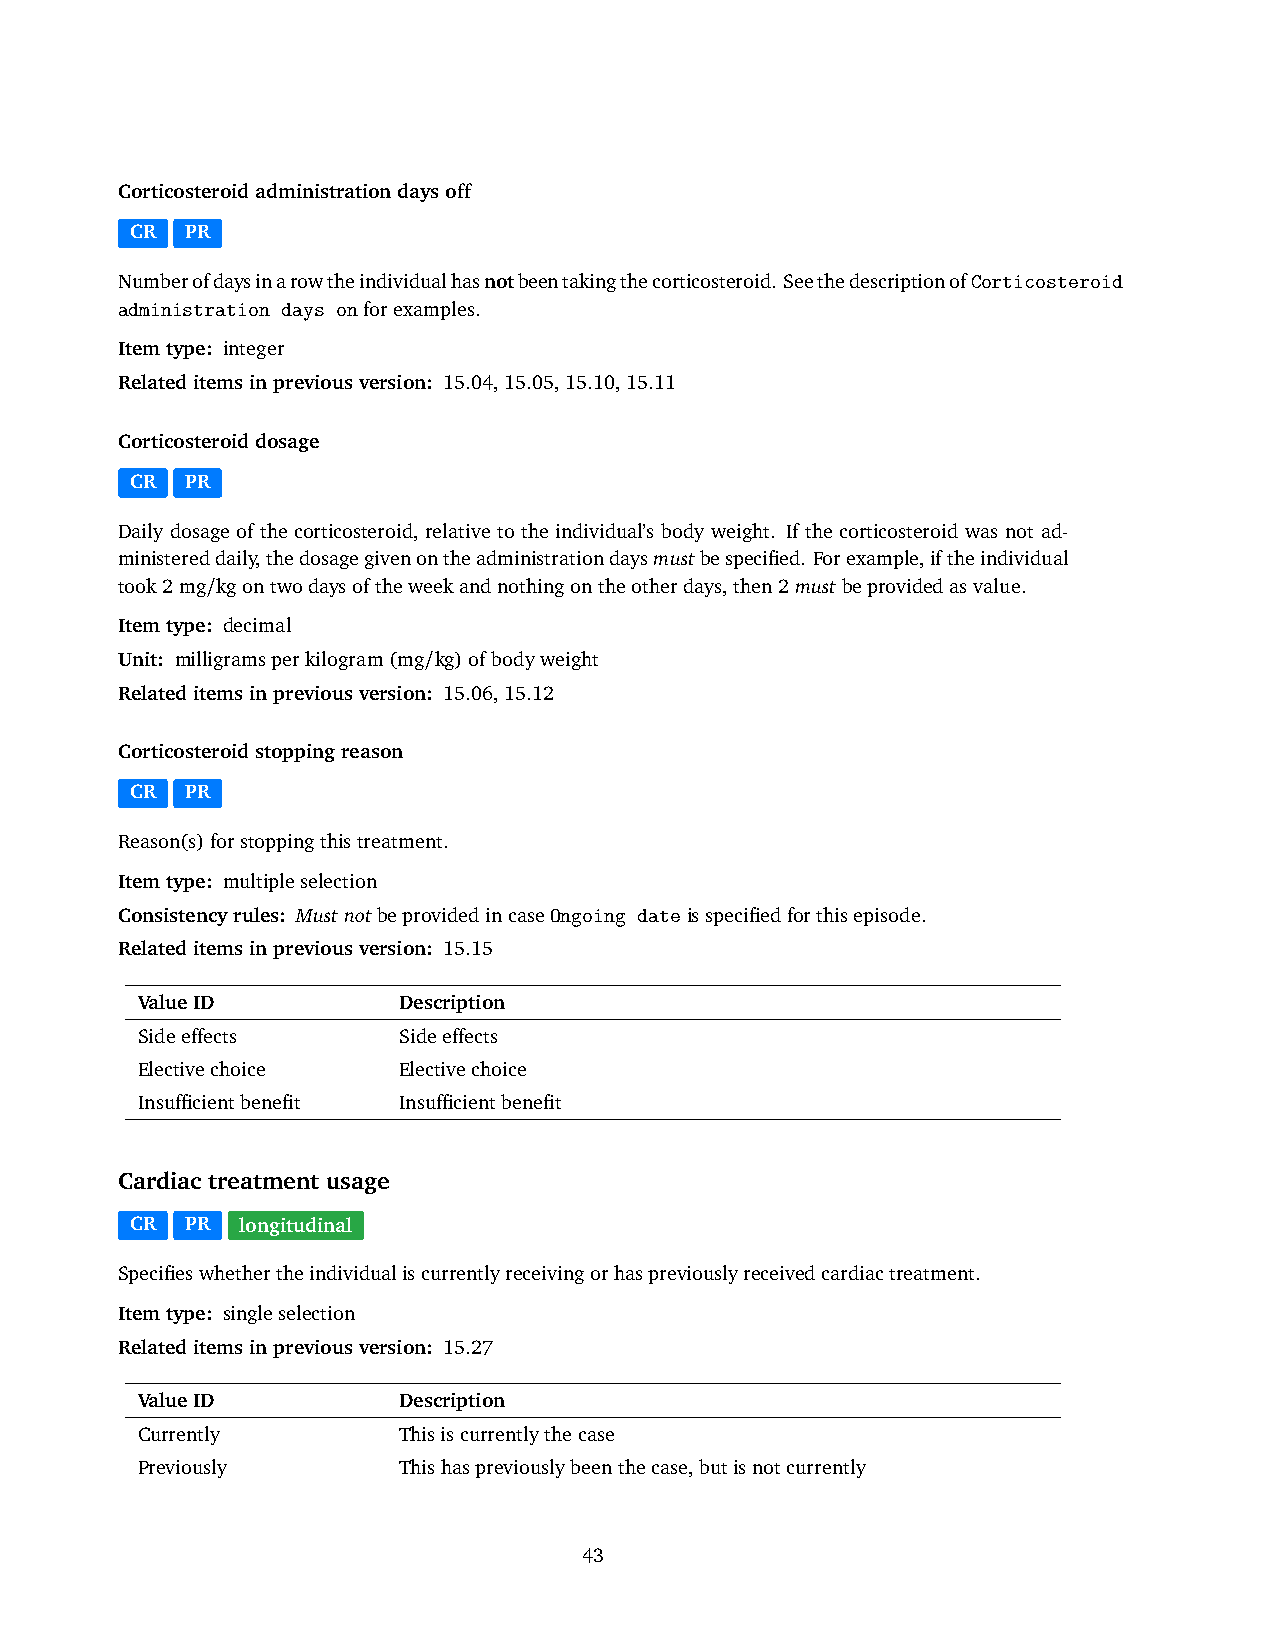
Corticosteroidadministrationdaysoff
 CR PR
 Numberofdaysinarowtheindividualhasnotbeentakingthecorticosteroid. SeethedescriptionofCorticosteroid
 administration days onforexamples.
 Itemtype: integer
 Relateditemsinpreviousversion: 15.04,15.05,15.10,15.11
 Corticosteroiddosage
 CR PR
 Daily dosage of the corticosteroid, relative to the individual’s body weight. If the corticosteroid was not ad-
 ministereddaily,thedosagegivenontheadministrationdaysmustbespecified. Forexample,iftheindividual
 took2mg/kgontwodaysoftheweekandnothingontheotherdays,then2mustbeprovidedasvalue.
 Itemtype: decimal
 Unit: milligramsperkilogram(mg/kg)ofbodyweight
 Relateditemsinpreviousversion: 15.06,15.12
 Corticosteroidstoppingreason
 CR PR
 Reason(s)forstoppingthistreatment.
 Itemtype: multipleselection
 Consistencyrules: MustnotbeprovidedincaseOngoing dateisspecifiedforthisepisode.
 Relateditemsinpreviousversion: 15.15
 ValueID          Description
 Sideeffects      Sideeffects
 Electivechoice   Electivechoice
 Insufficientbenefit Insufficientbenefit
 Cardiac treatment usage
 CR PR  longitudinal
 Specifieswhethertheindividualiscurrentlyreceivingorhaspreviouslyreceivedcardiactreatment.
 Itemtype: singleselection
 Relateditemsinpreviousversion: 15.27
 ValueID          Description
 Currently        Thisiscurrentlythecase
 Previously       Thishaspreviouslybeenthecase,butisnotcurrently
 43